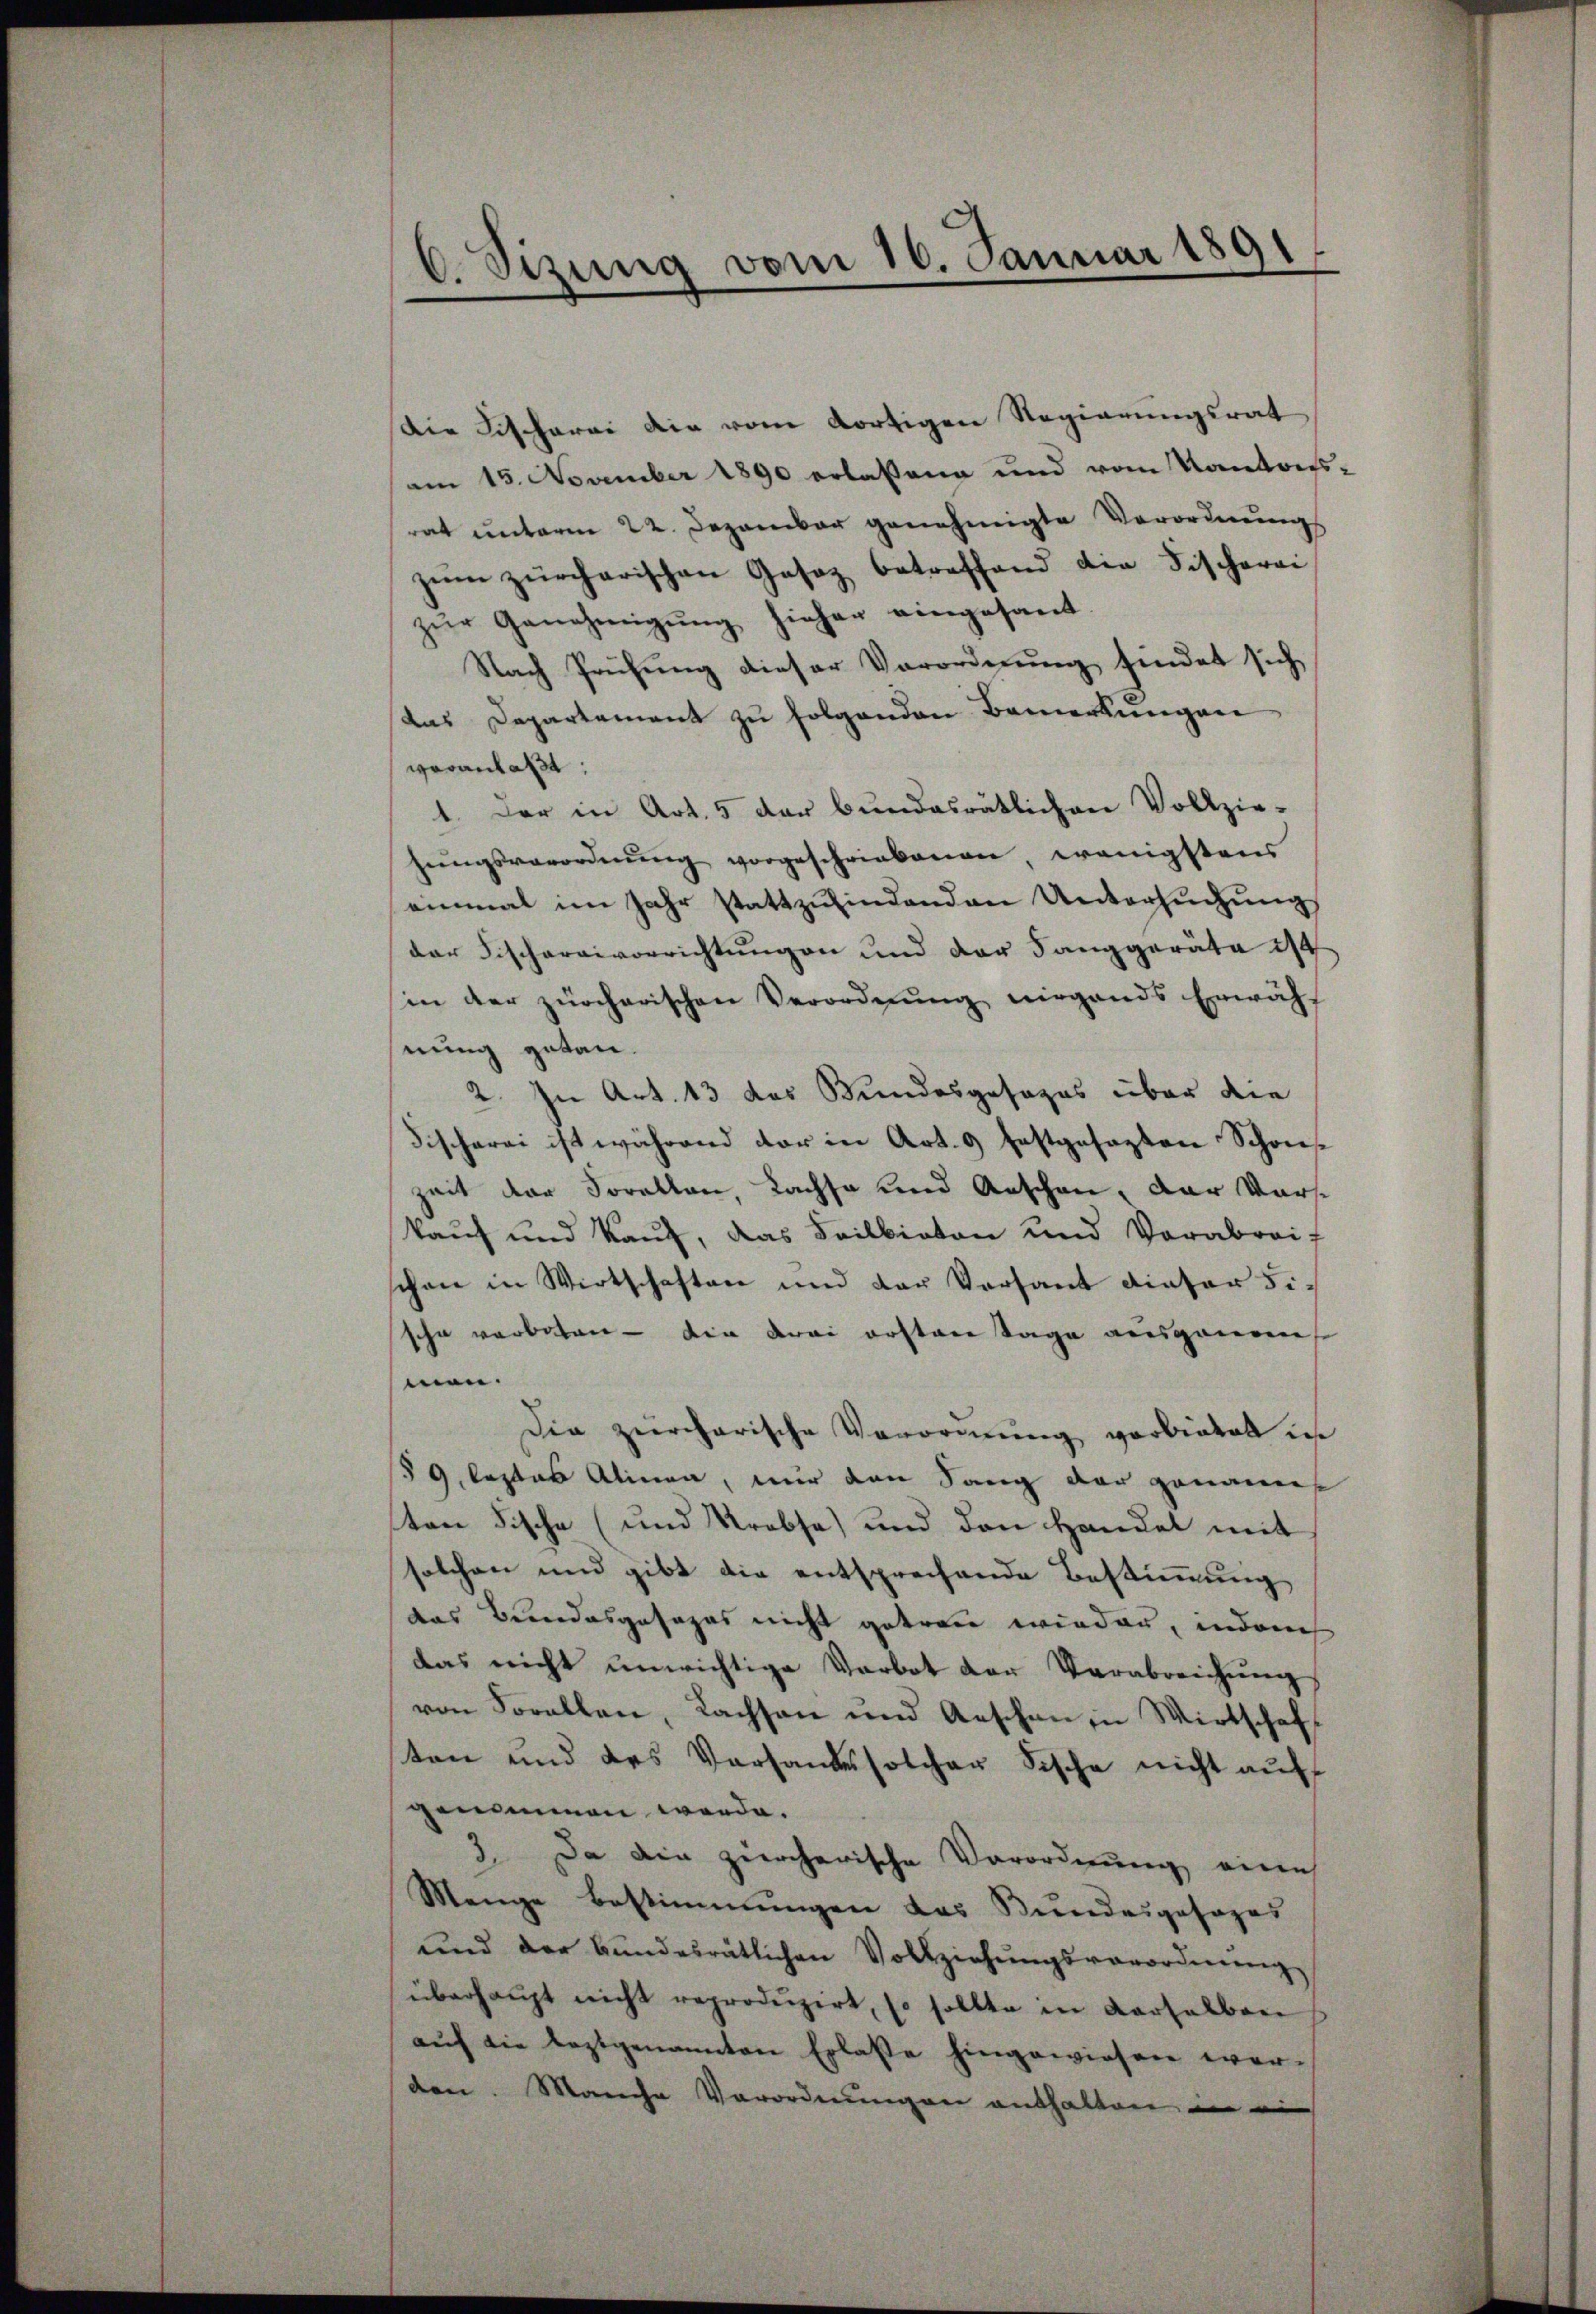
C. Sizung vom 16. Januar 1891

Die Tischerei die vom dortigen Regierungsrat
am 15. November 1890 erlassene und vom Kantons-
rat unterm 22. Dezember genehmigte Verordnungs
zŭm zürcherischen Gesez betreffend die Fischerei
zŭr Genehmigŭng hiehen eingesant.
Nach Prüfung dieser Verordnung findet sich
das Departement zu folgenden Bemerkungen
veranlaßt:
1. Der in Art. 5 der bundesrätlichen Vollzie-
hŭngsverordnŭng vorgeschriebenen wenigstens
einmal im Jahr stattzŭfindenden Untersŭchŭng
der Fischargivorrichtungen und der Fanggeräte 24
in der zürcherischen Verordnung nirgends Erwähl
nung getan.
2. In Art. 13 das Wundesgesezes über die
Fischerei ist während der in Art. 9 festgesezten Schöns
Zeit der Sorelten, Lachse und Aeschen, der Vorskauf und Kauf, das Feilbieten und Verabreif
chen in Wirtschaften und der Versant dieser Fischn verboten - die drei ersten Tage ausgenom
men.
Die zuercharische Verordnung vorbietet ich
§ 9. leztes Alinea, nur den Sang der genauers
ten Fische (und Krebse) und den Handel mit
solchen und gibt die entsprechende Bestimmung
das Bundesgesages nicht getreu wieden, indauch
das nicht unwichtige Verbot der Verabreichung
von Forallen, Lachsen und Aeschen in Wirtschaf
ten und des Versandes solcher Fische nicht aŭf
genommen werde.
3. Da die zürcherische Verordnung eine
Menge Bestimmungen das Bundesgesages
und der bundesrätlichen Vollziehŭngsverordnŭng
überhaupt nicht reproduzirt, so sollte in Verhalben
aŭf die leztgenannten Erlasse hingewiesen werden. Manche Verordnungen enthalten an